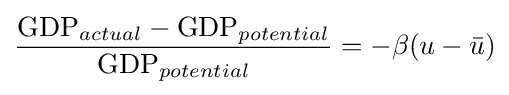
{\frac {{\mbox{GDP}}_{actual}-{\mbox{GDP}}_{potential}}{{\mbox{GDP}}_{potential}}}=-\beta (u-{\bar {u}})